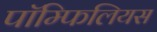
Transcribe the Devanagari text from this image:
पॉम्फिलियस